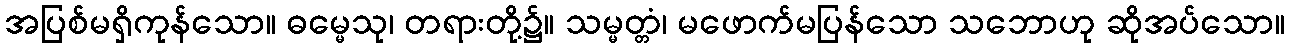
အပြစ်မရှိကုန်သော။ ဓမ္မေသု၊ တရားတို့၌။ သမ္မတ္တံ၊ မဖောက်မပြန်သော သဘောဟု ဆိုအပ်သော။